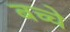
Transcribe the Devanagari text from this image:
बच्चे